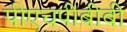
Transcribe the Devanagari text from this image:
पीएचपीबीबी